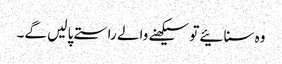
وہ سنائیے تو سیکھنے والے راستے پا لیں گے۔